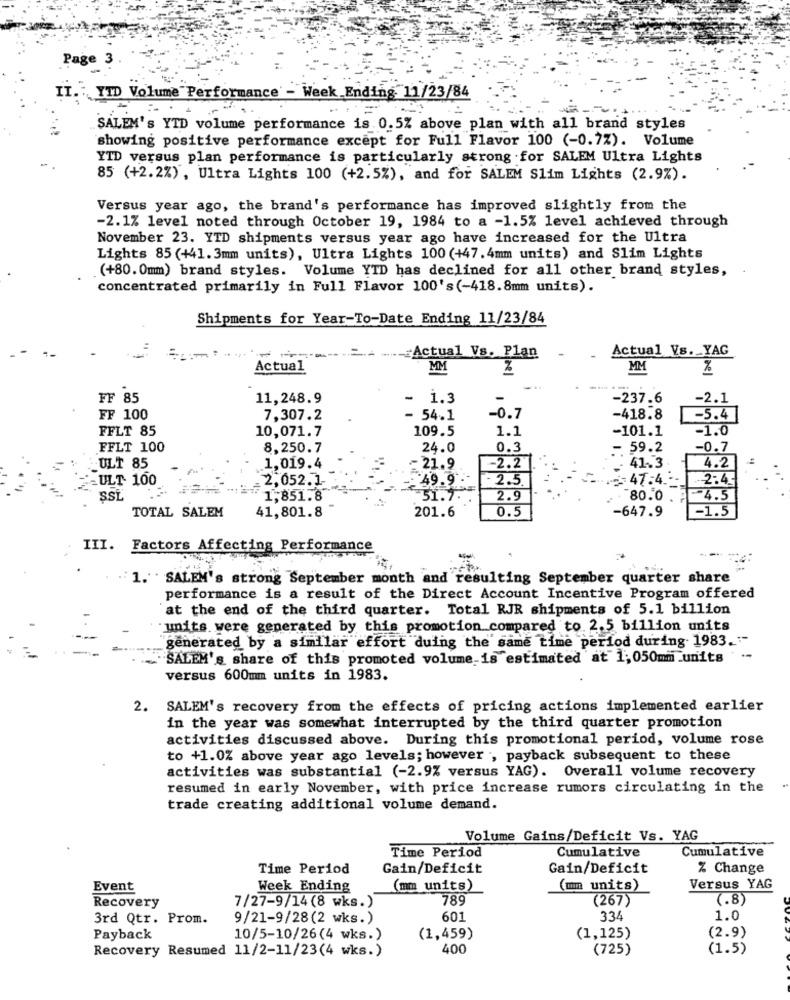
Page 3
II .: YTD Volume Performance' - Week Ending. 11/23/84
SALEM's YTD volume performance is 0.5% above plan with all brand styles
showing positive performance except for Full Flavor 100 (-0.7%). Volume
YTD versus plan performance is particularly strong for SALEM Ultra Lights
85 (+2.2%), Ultra Lights 100 (+2.5%), and for SALEM Slim Lights (2.9%).
Versus year ago, the brand's performance has improved slightly from the
-2.1% level noted through October 19, 1984 to a -1.5% level achieved through
November 23. YTD shipments versus year ago have increased for the Ultra
Lights 85 (+41.3mm units), Ultra Lights 100 (+47.4mm units) and Slim Lights
(+80. 0mm) brand styles. Volume YTD has declined for all other brand styles,
concentrated primarily in Full Flavor 100's(-418.8mm units).
Shipments for Year-To-Date Ending 11/23/84
Actual Vs. YAG
#Actual Vs. Plan
Actual
MM
MM
FF 85
11,248.9
- 1.3
-237.6
-2.1
FF 100
7,307.2
- 54.1
-0.7
-418.8
-5.4
FFLT 85
10,071.7
109.5
1.1
-101.1
-1.0
FFLT 100
8,250.7
24.0
0.3
- 59.2
-0.7
ULT 85
1,019.4
=21.9
-2.2
41.3
4.2
-ULT. 100
2,052.1-
39.9
- 2.5.
== 47.4 .--
SSL
1,851.8
51.7
2.9
80.0 .
4.5
201.6
0.5
-1.5
TOTAL SALEM
41,801.8
-647.9
III. Factors Affecting Performance
1. SALEM's strong September month and resulting September quarter share
performance is a result of the Direct Account Incentive Program offered
at the end of the third quarter. Total RJR shipments of 5.1 billion
units were generated by this promotion compared to 2.5 billion units
generated by a similar effort duing the same time period during. 1983."-
SALEM's share of this promoted volume is estimated at 1: 050mm units
versus 600mm units in 1983.
2.
SALEM's recovery from the effects of pricing actions implemented earlier
in the year was somewhat interrupted by the third quarter promotion
activities discussed above. During this promotional period, volume rose
to +1.0% above year ago levels; however , payback subsequent to these
activities was substantial (-2.9% versus YAG). Overall volume recovery
resumed in early November, with price increase rumors circulating in the
trade creating additional volume demand.
Volume Gains/Deficit Vs. YAG
Time Period
Cumulative
Cumulative
Time Period
Gain/Deficit
Gain/Deficit
% Change
Event
Week Ending
(mm units)
(um units)
Versus YAG
789
(267)
(.8)
Recovery
7/27-9/14(8 wks.)
3rd Qtr. Prom.
9/21-9/28(2 wks.)
601
334
1.0
Payback
10/5-10/26(4 wks.)
(1,459)
(1,125)
(2.9)
Recovery Resumed 11/2-11/23(4 wks.)
400
(725)
(1.5)